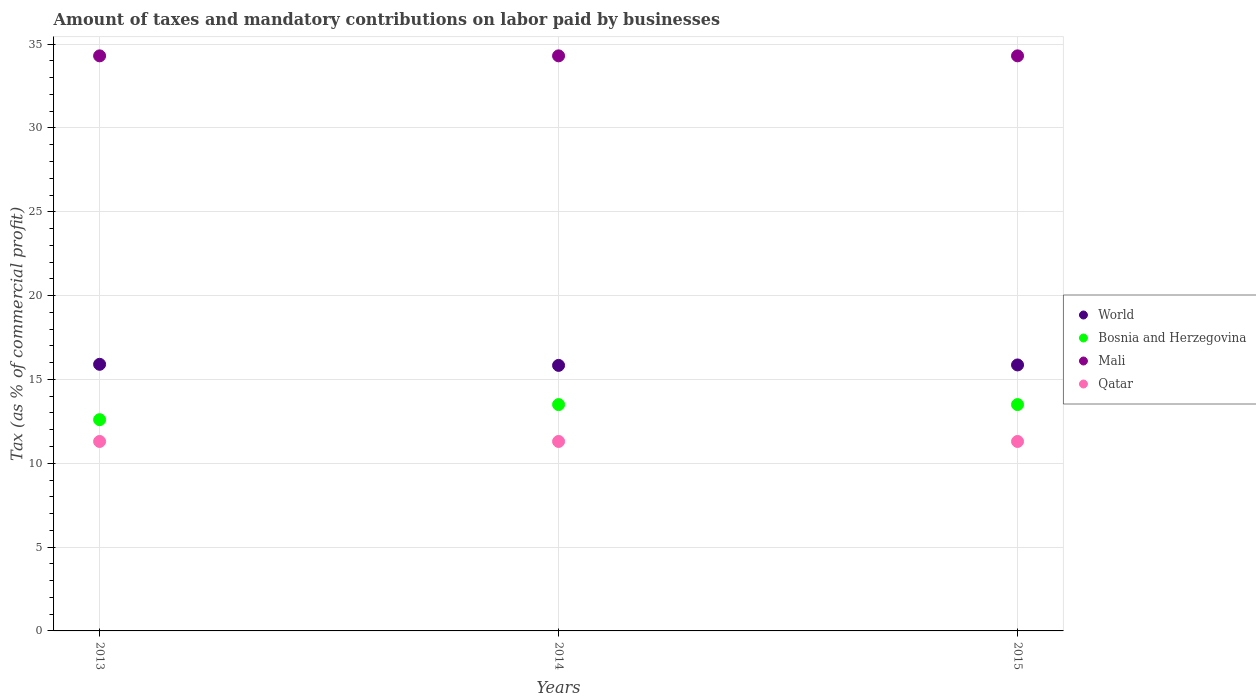
| Years | World | Bosnia and Herzegovina | Mali | Qatar |
 | --- | --- | --- | --- | --- |
 | 2013 | 15.9 | 12.6 | 34.3 | 11.3 |
 | 2014 | 15.8 | 13.5 | 34.3 | 11.3 |
 | 2015 | 15.9 | 13.5 | 34.3 | 11.3 |